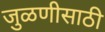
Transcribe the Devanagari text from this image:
जुळणीसाठी